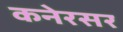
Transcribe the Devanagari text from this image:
कनेरसर